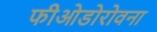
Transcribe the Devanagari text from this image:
फीओडोरोवना